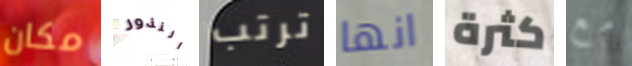
مكان النذور ترتب انها كثرة مع